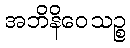
အဘိနိဝေသဉ္စ